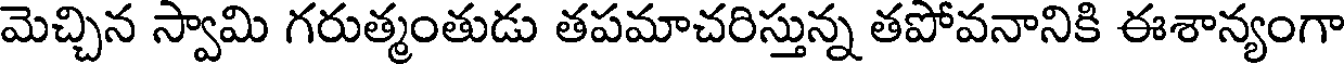
మెచ్చిన స్వామి గరుత్మంతుడు తపమాచరిస్తున్న తపోవనానికి ఈశాన్యంగా